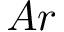
A r